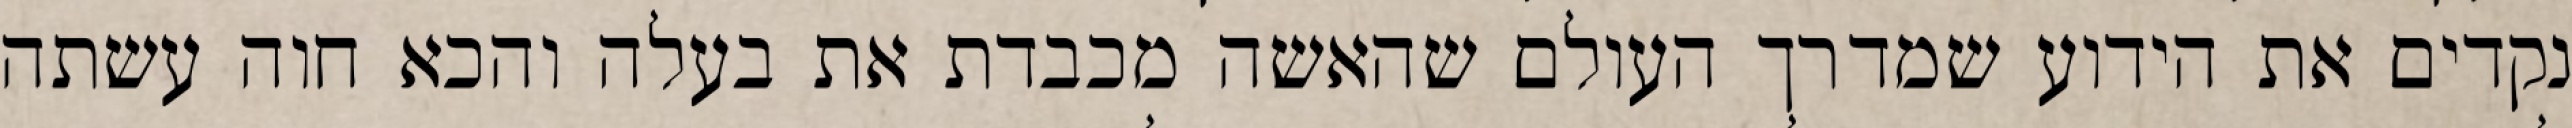
נקדים את הידוע שמדרך העולם שהאשה מכבדת את בעלה והכא חוה עשתה